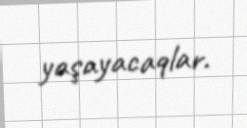
yaşayacaqlar.